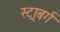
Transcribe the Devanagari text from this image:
स्ट्राबर्ग